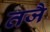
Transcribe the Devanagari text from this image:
तजै